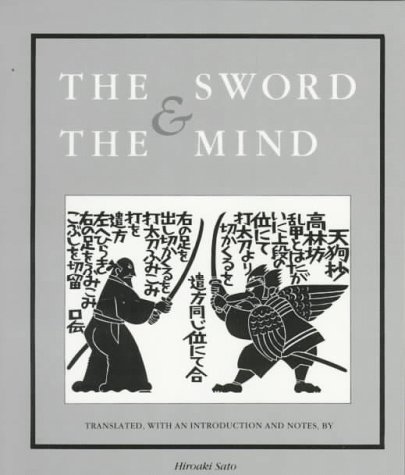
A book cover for The Sword and the Mind; Yagyu Muenori; Sports & Outdoors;